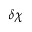
\delta \chi